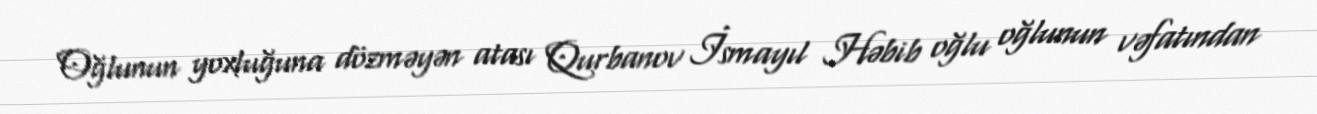
Oğlunun yoxluğuna dözməyən atası Qurbanov İsmayıl Həbib oğlu oğlunun vəfatından